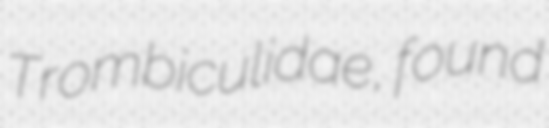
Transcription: Trombiculidae, found